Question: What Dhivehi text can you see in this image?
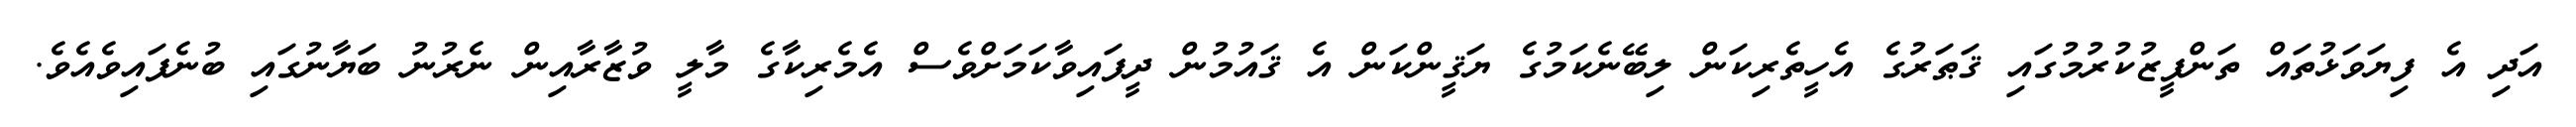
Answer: އަދި އެ ފިޔަވަޅުތައް ތަންފީޒުކުރުމުގައި ޤަޠަރުގެ އެހީތެރިކަން ލިބޭނެކަމުގެ ޔަޤީންކަން އެ ޤައުމުން ދީފައިވާކަމަށްވެސް އެމެރިކާގެ މާލީ ވުޒާރާއިން ނެރުނު ބަޔާނުގައި ބުނެފައިވެއެވެ.